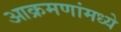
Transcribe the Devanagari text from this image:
आक्रमणांमध्ये